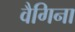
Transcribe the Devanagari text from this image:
वैगिना